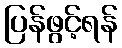
ပြန်ဖွင့်ရန်